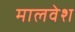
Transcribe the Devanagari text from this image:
मालवेश